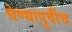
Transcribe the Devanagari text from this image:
घेण्यापूर्वीच